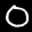
Label: 0